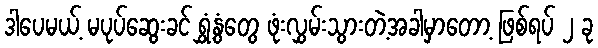
ဒါပေမယ့် မပုပ်ဆွေးခင် ရွှံ့နွံတွေ ဖုံးလွှမ်းသွားတဲ့အခါမှာတော့ ဖြစ်ရပ် ၂ ခု